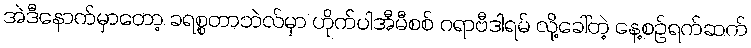
အဲဒီနောက်မှာတော့ ခရစ္စတာဘဲလ်မှာ ဟိုက်ပါအီမီစစ် ဂရာဗီဒါရမ် လို့ခေါ်တဲ့ နေ့စဉ်ရက်ဆက်